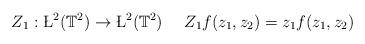
LaTeX: \begin{align*}Z_1:\L^2(\mathbb{T}^2)\rightarrow \L^2(\mathbb{T}^2) \ \ \ \ Z_1f(z_1,z_2)=z_1f(z_1,z_2)\end{align*}